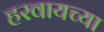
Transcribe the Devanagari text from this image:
हरवायच्या